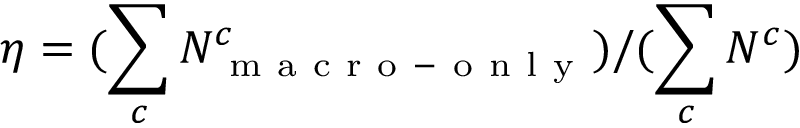
\eta = ( \sum _ { c } N _ { \mathrm { ~ m ~ a ~ c ~ r ~ o ~ - ~ o ~ n ~ l ~ y ~ } } ^ { c } ) / ( \sum _ { c } N ^ { c } )